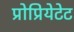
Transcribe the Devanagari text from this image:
प्रोप्रियेटेट